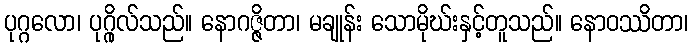
ပုဂ္ဂလော၊ ပုဂ္ဂိုလ်သည်။ နောဂဇ္ဇိတာ၊ မချုန်း သောမိုဃ်းနှင့်တူသည်။ နောဝဿိတာ၊